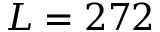
L = 2 7 2